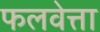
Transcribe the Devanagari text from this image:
फलवेत्ता